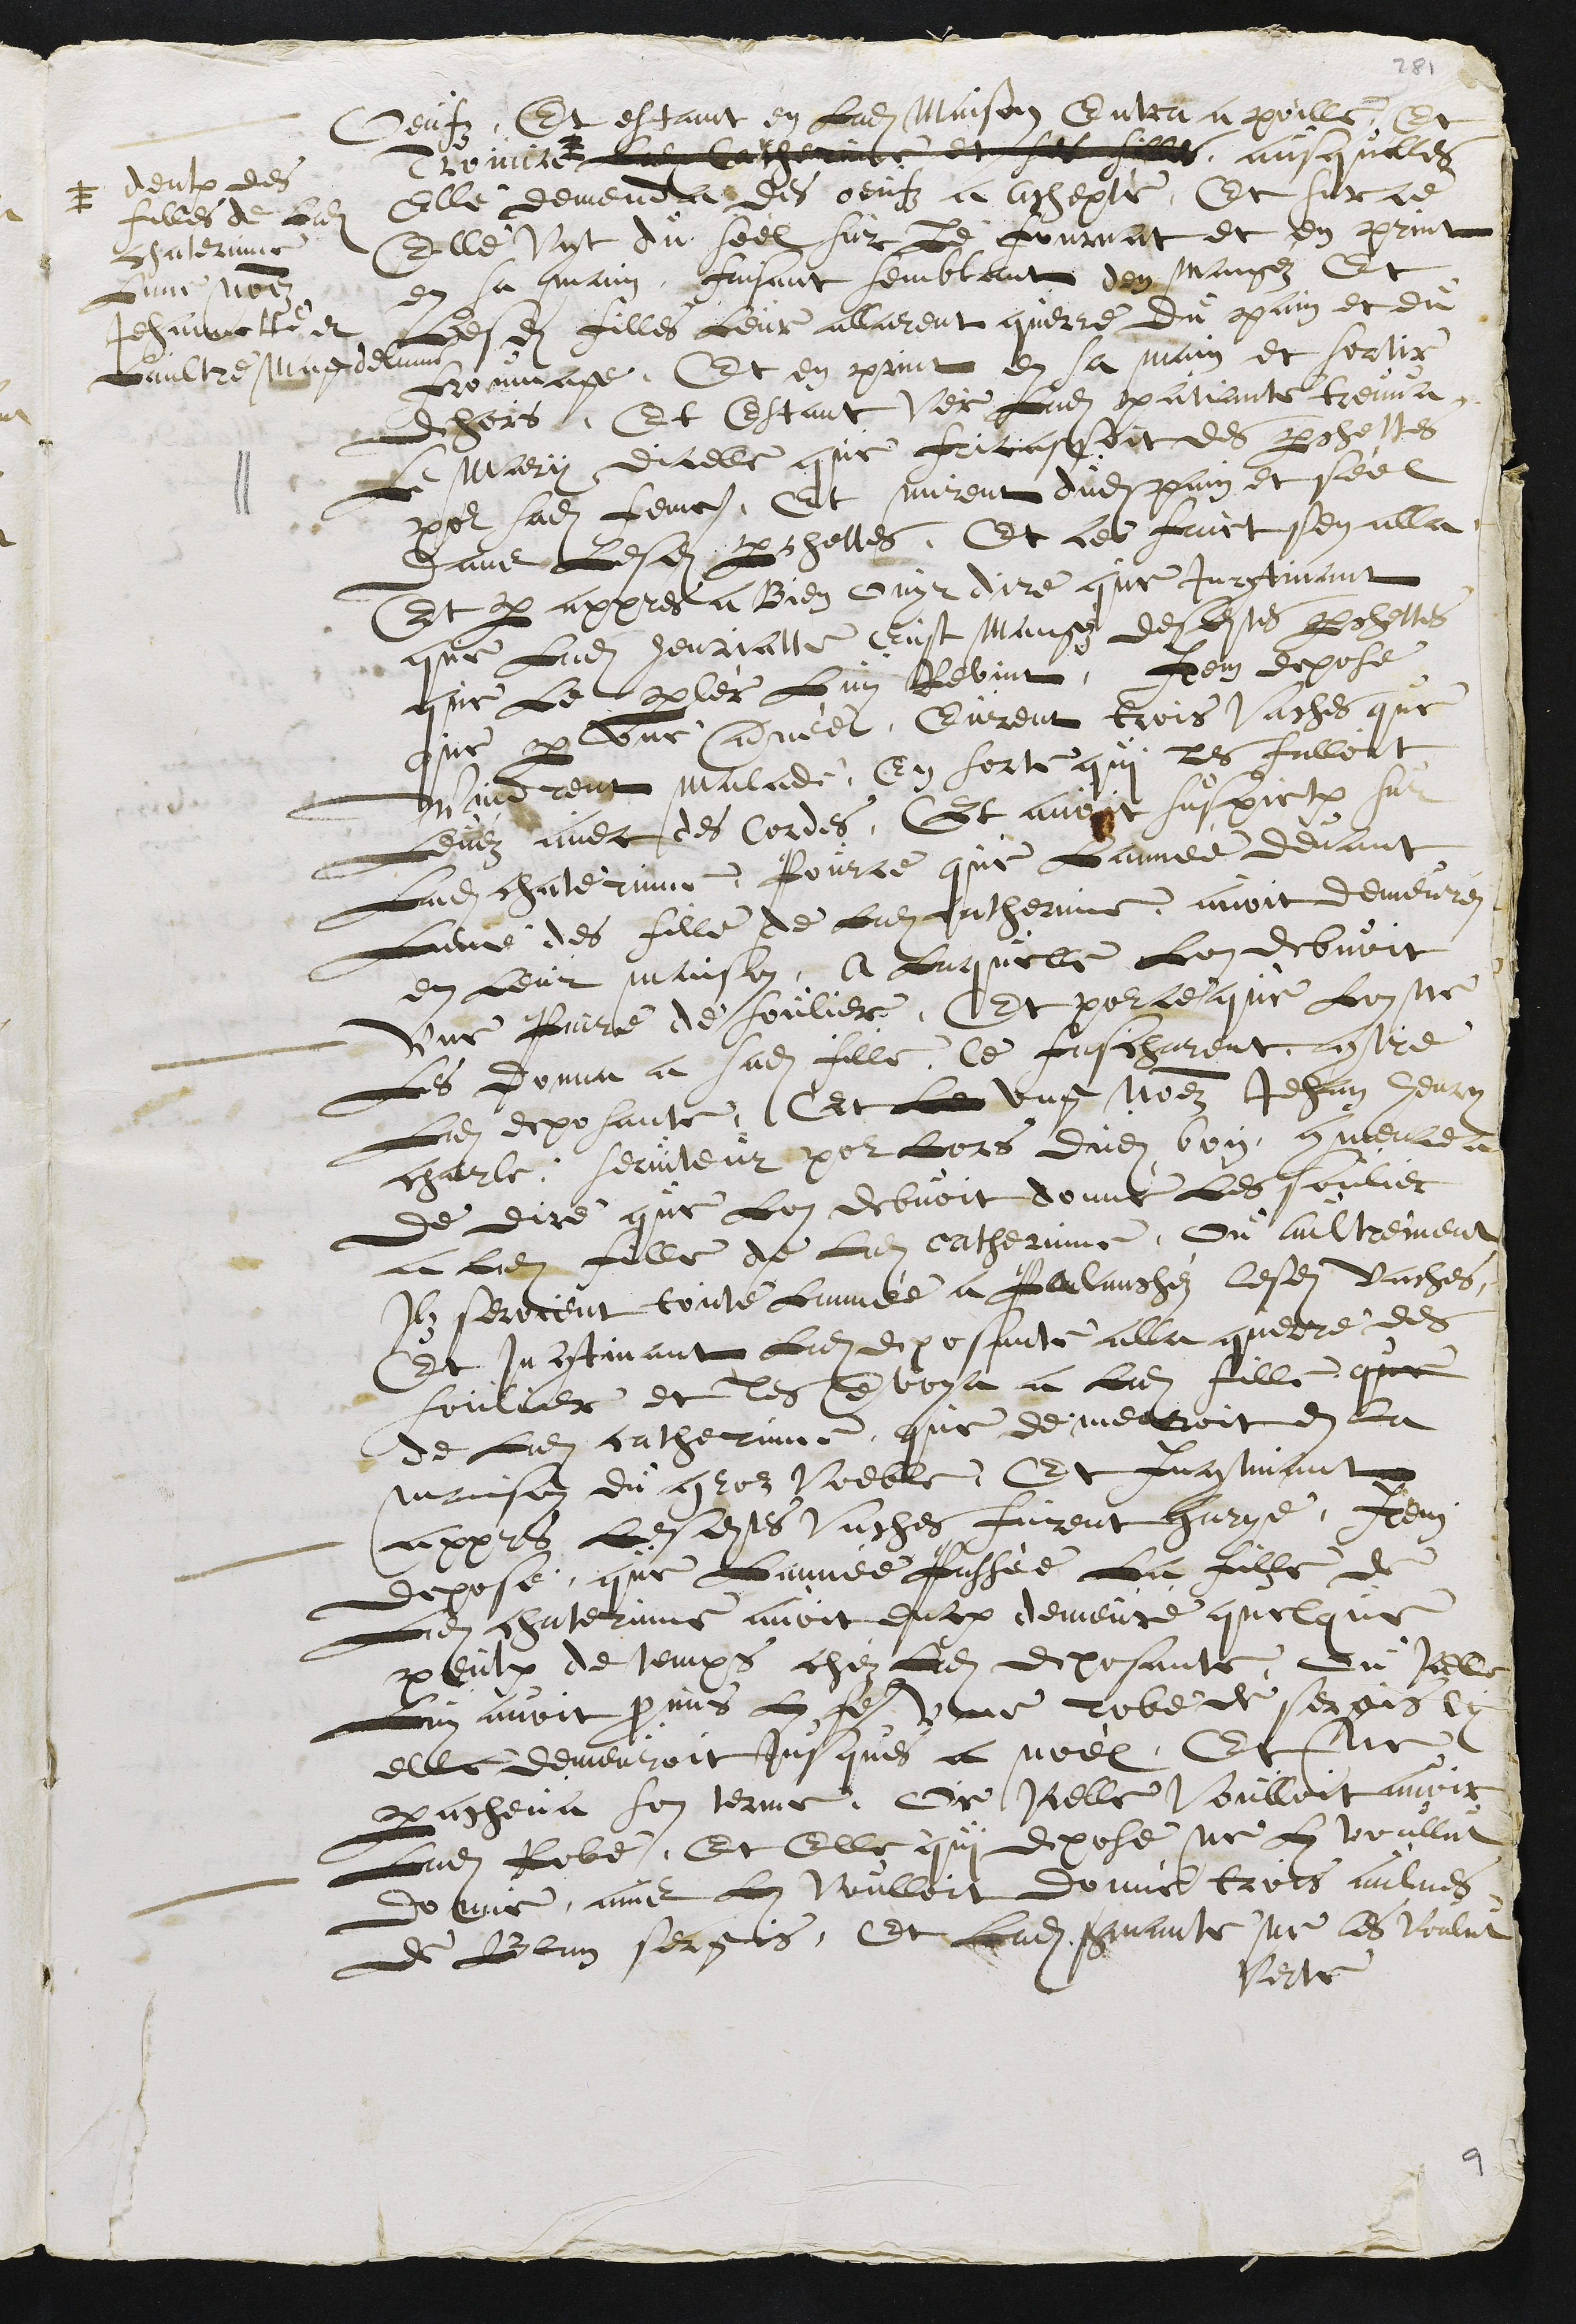
Oeufz. Et estant en Ladite Maison Entra a poille, Et
Trouva +
+ deulx des
filles de Ladite
chaterinne
Lune nommez
Jehannette et
Laultre Magdelenne
Ladite Catherinne et ses filles
ausquelles
elle demenda des oeufz a achepté, Et surce
Elle Vyt du seel sur Le fournat et en print
en sa main, faisant semblant den mangéz Et
Lesdites filles Leur allarent querre du pain et du
froumage, Et en print en sa main et sortir
dehors, Et Estant Ver Ladite patiante treuva
Le mary dicelle que fricassoit des perchettes
pour sadite femme, Et mirent dudit pain et séel
dans Lesdites perchettes. Et ce faict sen alla.
Et par appres a Bien ouyr dire que Incontinant
que Ladite henriatte Eust mangéz desdites perchettes
que le parlér Luy Revint. Item depose
que par une année, Eurent trois Vaches que
vindrent malade, En sorte qui les falloit
Levéz avec des Cordes, Et avoit suspiction sur
Ladite chaterinne, Pource que Lannée devant
Lune des fille de Ladite catherinne avoit demeuréz
en Leur maison, a Laquelle Lon debvoit
une paire de soulier, Et pource que Lon ne
Les donna a sadite fille, ce fascharent contre
Ladite deposante. Et Le ung nommez Jehan henry
charle, serviteur pour lors dudit Bon commencea
de dire que Lon debvoit donné Les soulier
a Ladite fille de Ladite Catherinne, ou aultrement
Ilz seroient toute lannée a palanchéz lesdites vaches,
Et Incontinant Ladite deposante alla querre des
soulier et les envoya a Ladite fille que
de Ladite catherinne, que demeuroit en la
maison du groz voeble. Et Incontinant
appres Lesdites vaches furent garye. Item
depose que Lannée passée La fille de
Ladite chaterinne avoit encore demeuré quelque
peulx de temps chéz Ladite deposante, ou Icelle
Luy avoit promis Luy faire une robe de sergis cy
elle demeuroit Jusques a Noël, Et ne
paracheva son terme. Or Icelle voulloit avoir
Ladite Robe, Et elle qui depose ne Luy voullut
donné, ains Luy voulloit donné trois aulnes
de Blan sergis, Et Ladite servante ne les voulut
Verte